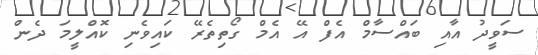
ސަވީދު އާއި ބައްސާމް އެފް އޭ އެމް ގޯތިތެރޭ ކައިވެނި ކޮއްލީމަ ދެން